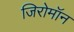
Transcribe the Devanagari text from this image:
जिरोमॉन